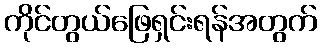
ကိုင်တွယ်ဖြေရှင်းရန်အတွက်